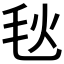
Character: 𪵘